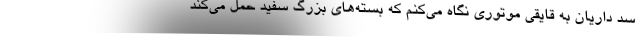
سد داريان به قايقي موتوري نگاه مي‌كنم كه بسته‌هاي بزرگ سفيد حمل مي‌كند